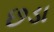
છડા